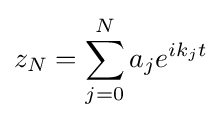
z_{N}=\sum _{j=0}^{N}a_{j}e^{ik_{j}t}